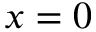
x = 0